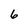
Character: 6